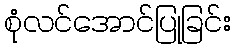
စုံလင်အောင်ပြုခြင်း